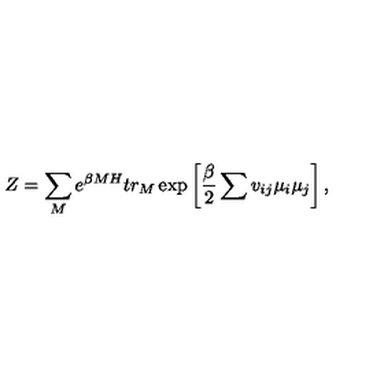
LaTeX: Z = \sum _ { M } e ^ { \beta M H } t r _ { M } \exp \left[ \frac { \beta } { 2 } \sum v _ { i j } \mu _ { i } \mu _ { j } \right] ,